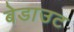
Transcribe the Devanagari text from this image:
बेडाउट